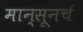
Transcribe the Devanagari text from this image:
मान्सूनची